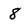
Character: 8